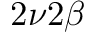
2 \nu 2 \beta